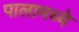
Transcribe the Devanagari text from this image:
पालामध्ये